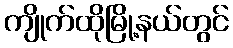
ကျိုက်ထိုမြို့နယ်တွင်